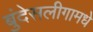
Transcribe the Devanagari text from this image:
बुंदेसलीगामधे